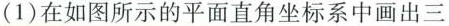
(1)在如图所示的平面直角坐标系中画出三